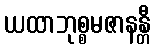
ယထာဘုစ္စမဇာနန္တီ